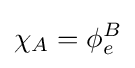
\chi _{A}=\phi _{e}^{B}